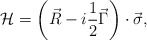
\begin{align*}{\cal H}=\left( \vec R-i\frac 12\vec \Gamma \right) \cdot \vec\sigma,\end{align*}